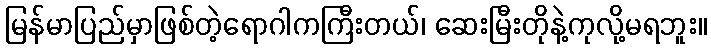
မြန်မာပြည်မှာဖြစ်တဲ့ရောဂါကကြီးတယ်၊ ဆေးမြီးတိုနဲ့ကုလို့မရဘူး။